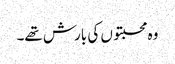
وہ محبتوں کی بارش تھے۔